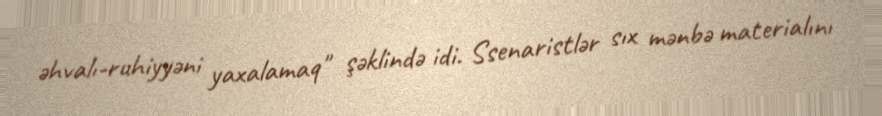
əhvalı-ruhiyyəni yaxalamaq" şəklində idi. Ssenaristlər sıx mənbə materialını